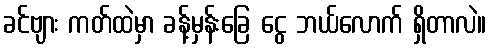
ခင်ဗျား ကတ်ထဲမှာ ခန့်မှန်းခြေ ငွေ ဘယ်လောက် ရှိတာလဲ။